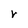
Character: r